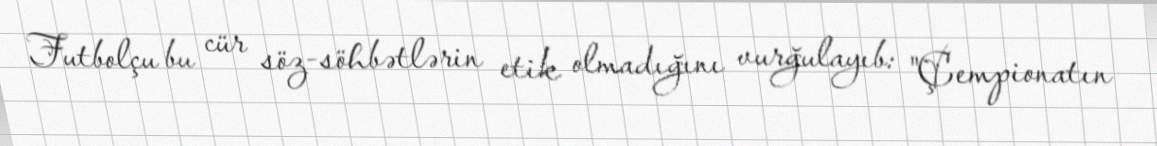
Futbolçu bu cür söz-söhbətlərin etik olmadığını vurğulayıb: "Çempionatın